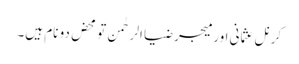
کرنل عثمانی اور میجر ضیا الرحٰمن تو محض دو نام ہیں۔